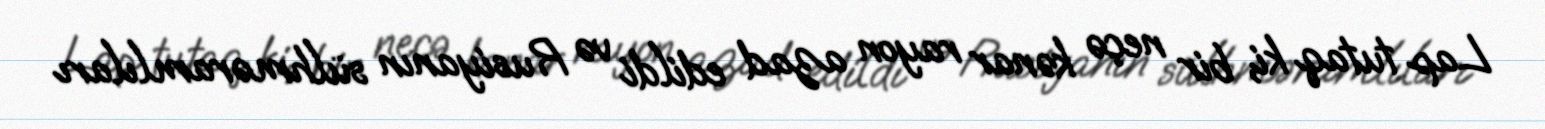
Lap tutaq ki, bir neçə kənar rayon azad edildi və Rusiyanın sülhməramlıları